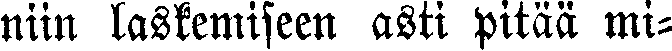
niin laskemiseen asti pitää mi-